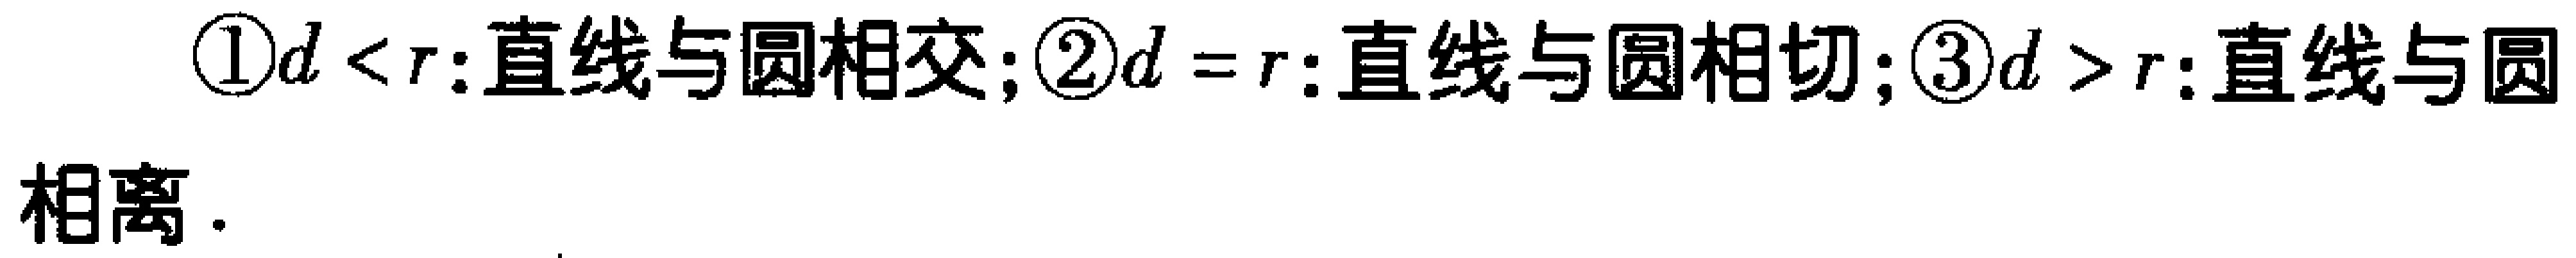
\textcircled{1}\(d<r\):直线与圆相交;\textcircled{2}\(d = r\):直线与圆相切;\textcircled{3}\(d>r\):直线与圆相离.